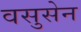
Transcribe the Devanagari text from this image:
वसुसेन